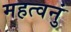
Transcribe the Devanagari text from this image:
महत्वनुं